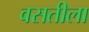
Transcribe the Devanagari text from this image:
वसतीला